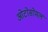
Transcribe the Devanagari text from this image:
ओटोसोमल